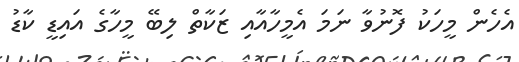
އެހެން މީހަކު ފޮނުވާ ނަމަ އެމީހާއާއި ޒަކާތް ލިބޭ މީހާގެ އައިޑީ ކާޑު